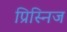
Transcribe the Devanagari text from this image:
प्रिस्निज